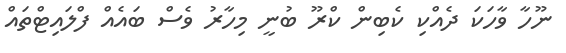
ނޫހާ ވާހަކަ ދެއްކި ކެބިން ކްރޫ ބުނީ މިހާރު ވެސް ބައެއް ފްލައިޓްތައް